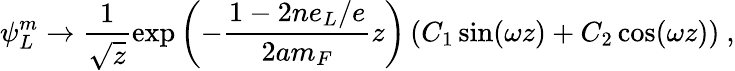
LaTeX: \psi_{L}^{m}\to\frac{1}{\sqrt{z}}\exp\left(-\frac{1-2ne_{L}/e}{2am_{F}}z\right)\left(C_{1}\sin(\omega z)+C_{2}\cos(\omega z)\right)~,